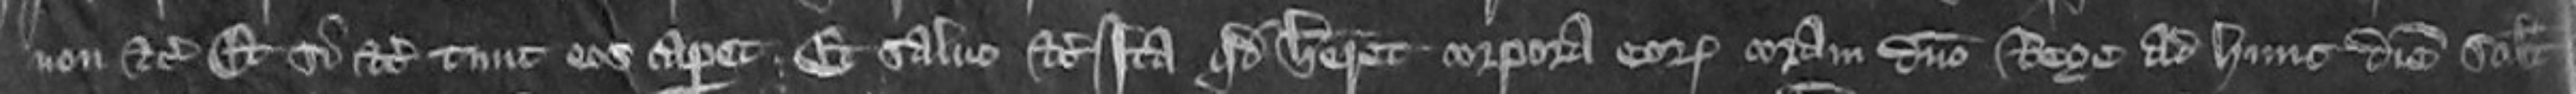
non etc et si etc tunc eos caperet et salvo etc Ita quod haberet corpora eorum coram domino rege ad hunc diem scilicet